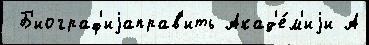
 Б'иограф'иjаправ'ить Акад'е́м'иjи А